65_HS1-834228961_62-HQ-83894_Section_4
Agency: FBI
Page 5
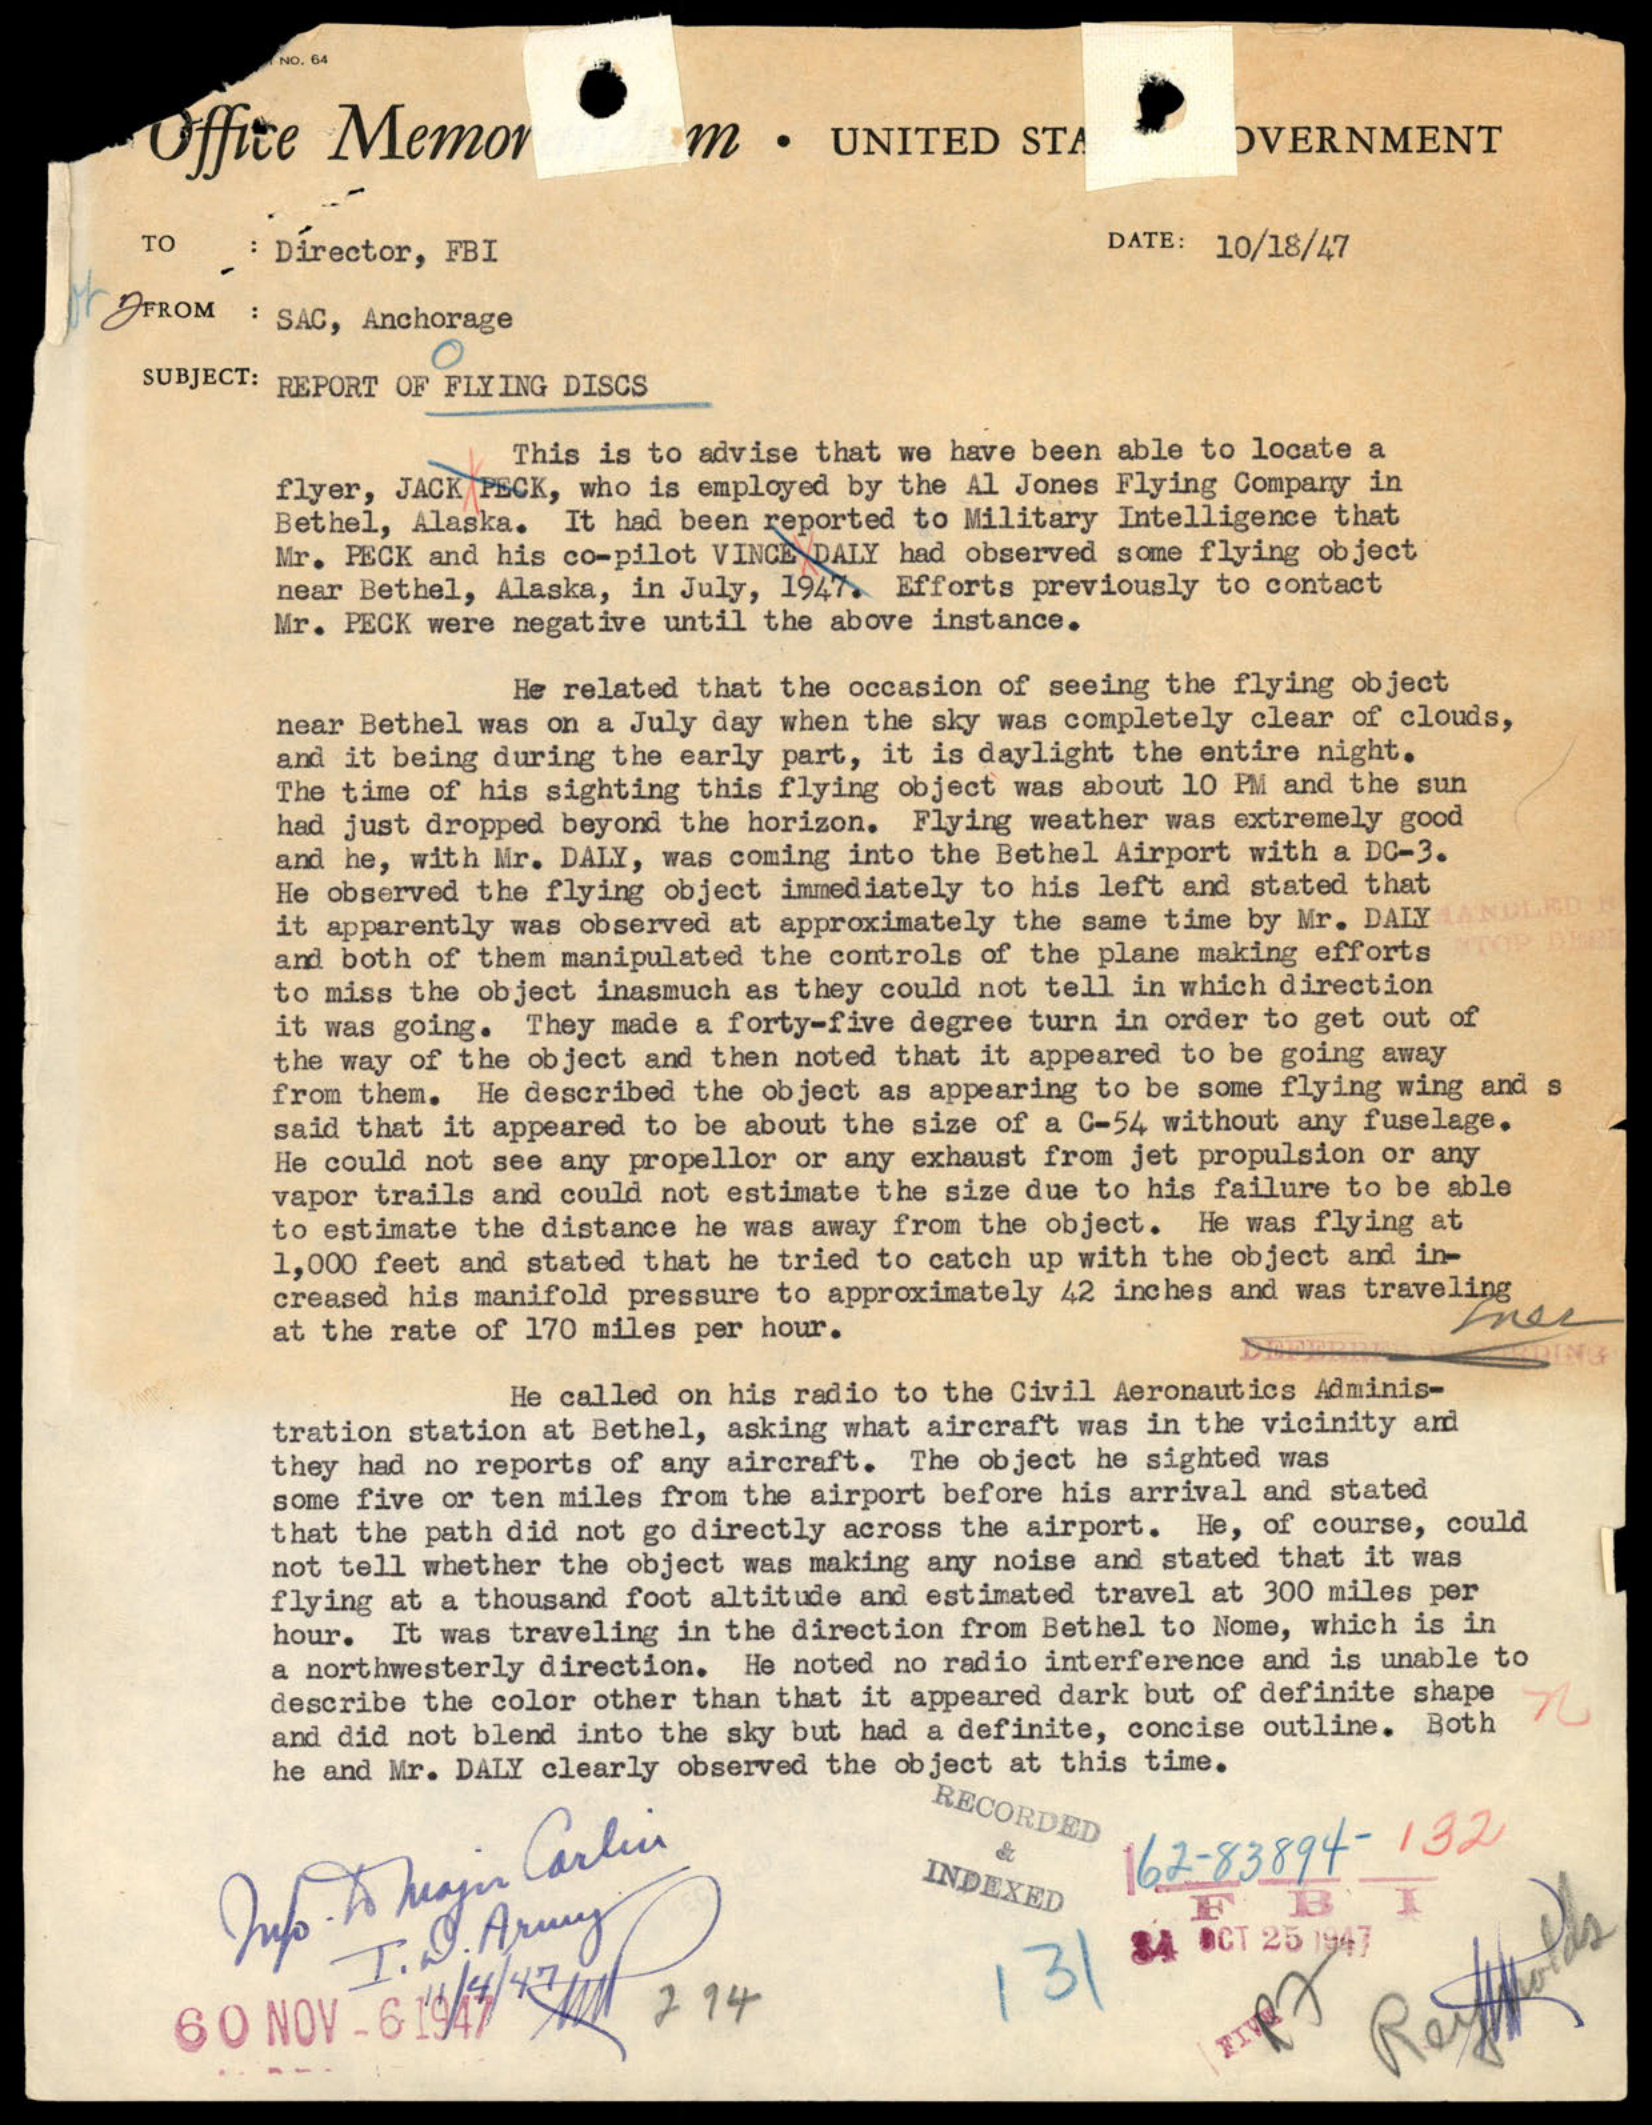